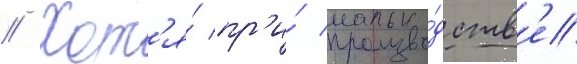
// Хот'я́ пр'и́ произво́дств'е